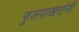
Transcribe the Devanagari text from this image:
फुलपाखरांनी